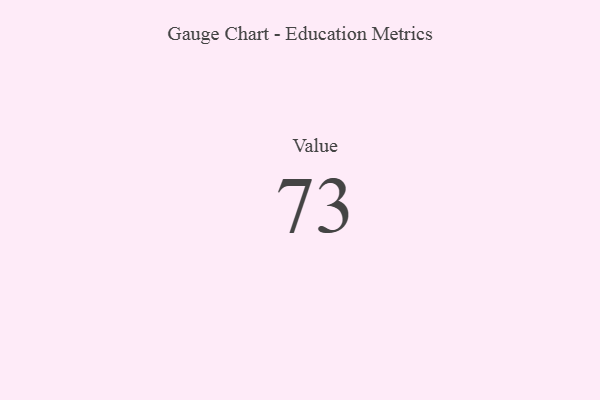
{"axis": {"x": "Metric", "y": "Value"}, "legend": [""], "data": [{"x": "Value", "y": 73, "type": ""}]}